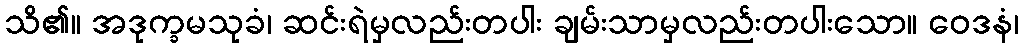
သိ၏။ အဒုက္ခမသုခံ၊ ဆင်းရဲမှလည်းတပါး ချမ်းသာမှလည်းတပါးသော။ ဝေဒနံ၊